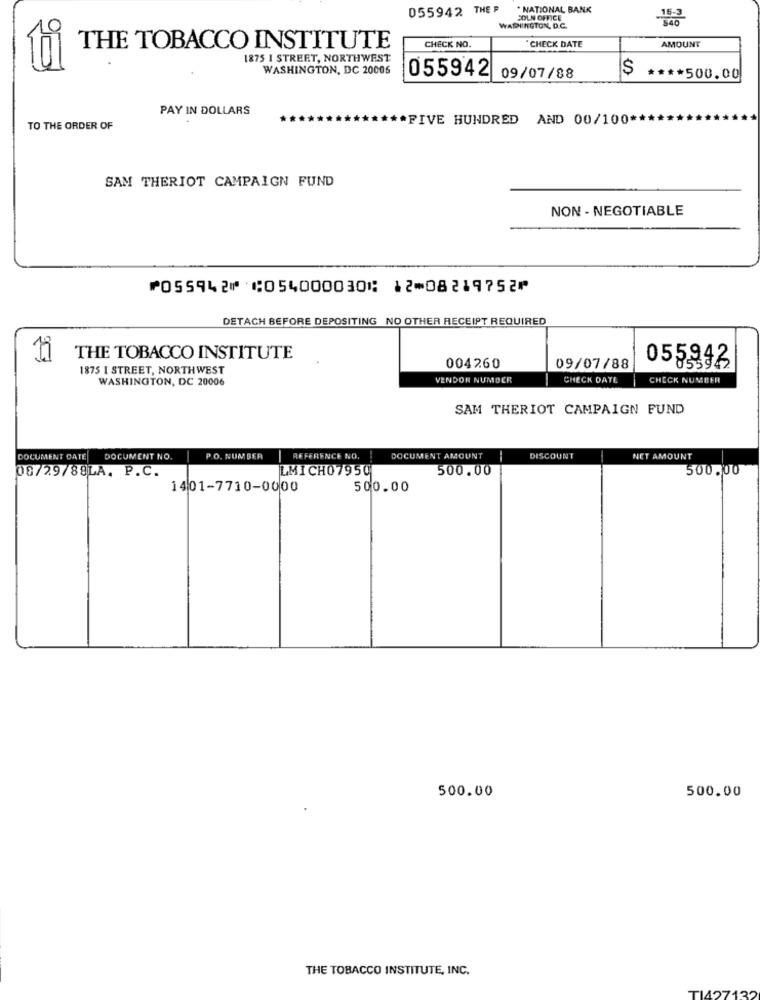
055942 THE F
. NATIONAL BANK
JOLN OFFICE
WASHINGTON, D.C.
AMOUNT
THE TOBACCO INSTITUTE
CHECK NO.
CHECK DATE
1875 I STREET, NORTHWEST
WASHINGTON, DC 20006
$
055942 09/07/88
**** 500.00
PAY IN DOLLARS
*FIVE HUNDRED AND 00/100*
TO THE ORDER OF
SAM THERIOT CAMPAIGN FUND
NON- NEGOTIABLE
⑈055942⑈ ⑆054000030⑆ 12⑉08219752⑈
DETACH BEFORE DEPOSITING NO OTHER RECEIPT REQUIRED
THE TOBACCO INSTITUTE
0559
1875 I STREET, NORTHWEST
004260
09/07/88
WASHINGTON, DC 20006
VENDOR NUMBER
CHECK DATE
CHECK NUMBER
SAM THERIOT CAMPAIGN FUND
DOCUMENT CATE
DOCUMENT NO.
P.O. NUMBER
REFERENCE NO.
DOCUMENT AMOUNT
--
DISCOUNT
NET AMOUNT
08/29/88LA. P.C.
LMICH07950
500.00
500.00
1401-7710-0000
500.00
500.00
500.00
THE TOBACCO INSTITUTE, INC.
TI427132